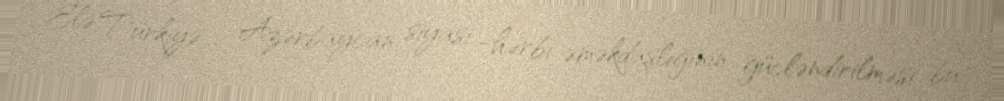
Elə Türkiyə - Azərbaycan siyasi -hərbi əməkdaşlığının gücləndirilməsi bu